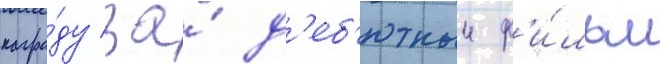
награ́ду за́ д'еб'ютныи ф'и́льм